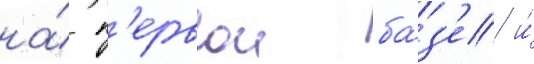
на́ п'ервои ба́з'е и́